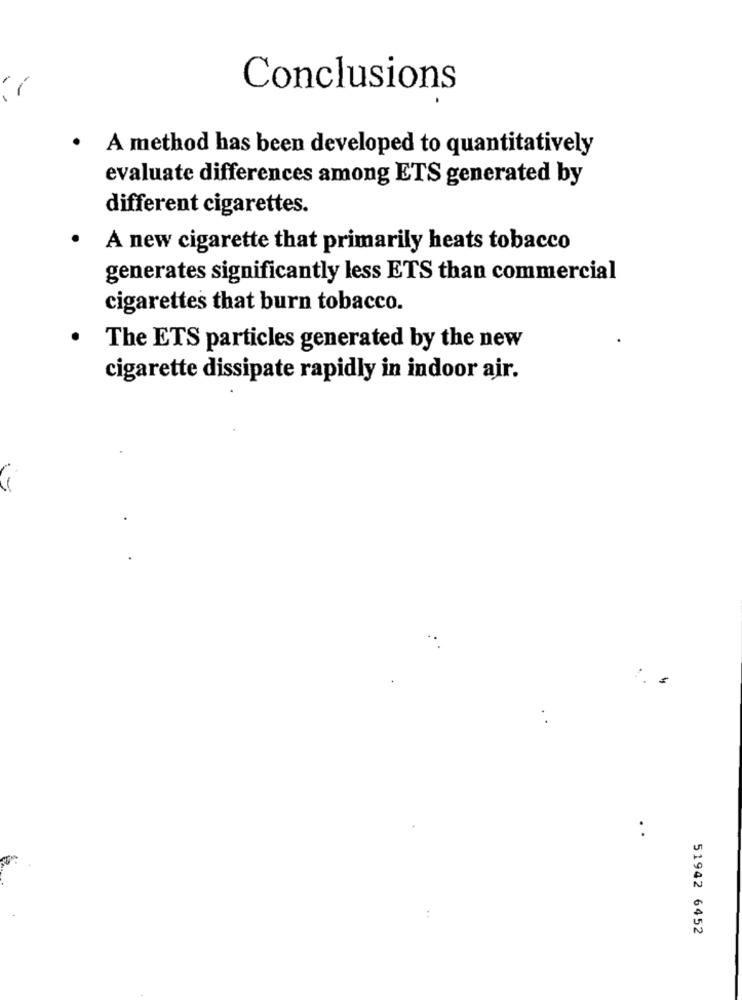
Conclusions
· A method has been developed to quantitatively
evaluate differences among ETS generated by
different cigarettes.
A new cigarette that primarily heats tobacco
generates significantly less ETS than commercial
cigarettes that burn tobacco.
The ETS particles generated by the new
cigarette dissipate rapidly in indoor air.
51942 6452